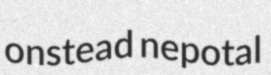
onstead nepotal